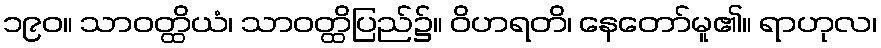
၁၉၀။ သာဝတ္ထိယံ၊ သာဝတ္ထိပြည်၌။ ဝိဟရတိ၊ နေတော်မူ၏။ ရာဟုလ၊